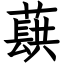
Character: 蕻